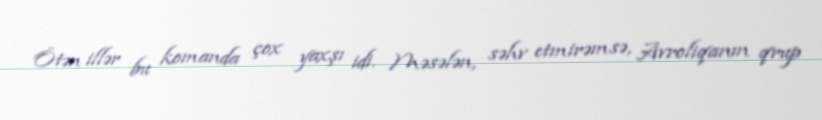
Ötən illər bu komanda çox yaxşı idi. Məsələn, səhv etmirəmsə, Avroliqanın qrup